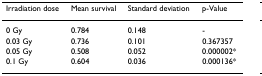
<table><thead><tr><td><b>Irradiation dose</b></td><td><b>Mean survival</b></td><td><b>Standard deviation</b></td><td><b>p-Value</b></td></tr></thead><tbody><tr><td>0 Gy</td><td>0.784</td><td>0.148</td><td>-</td></tr><tr><td>0.03 Gy</td><td>0.736</td><td>0.101</td><td>0.367357</td></tr><tr><td>0.05 Gy</td><td>0.508</td><td>0.052</td><td>0.000002*</td></tr><tr><td>0.1 Gy</td><td>0.604</td><td>0.036</td><td>0.000136*</td></tr></tbody></table>